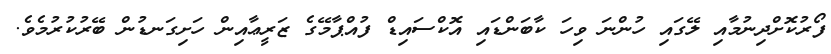
ފޯރުކޮށްދިނުމާއި ލޭގައި ހުންނަ ވިހަ ކާބަންޑައި އޮކްސައިޑް ފުއްޕާމޭގެ ޒަރީޢާއިން ހަށިގަނޑުން ބޭރުކުރުމެވެ.